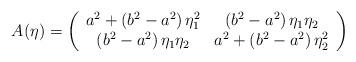
LaTeX: \begin{align*}A(\eta)=\left({\begin{array}{*{20}c}a^2+\left(b^2-a^2\right)\eta_1^2 & \left(b^2-a^2\right)\eta_1\eta_2\\\left(b^2-a^2\right)\eta_1\eta_2 & a^2+\left(b^2-a^2\right)\eta_2^2\\\end{array}}\right)\end{align*}